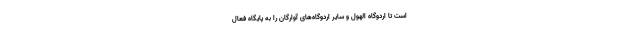
است تا اردوگاه الهول و سایر اردوگاه‌های آوارگان را به پایگاه فعال